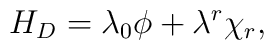
H_D = \lambda_0\phi + \lambda^r\chi_r,